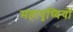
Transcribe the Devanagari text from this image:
महापृथ्वियों